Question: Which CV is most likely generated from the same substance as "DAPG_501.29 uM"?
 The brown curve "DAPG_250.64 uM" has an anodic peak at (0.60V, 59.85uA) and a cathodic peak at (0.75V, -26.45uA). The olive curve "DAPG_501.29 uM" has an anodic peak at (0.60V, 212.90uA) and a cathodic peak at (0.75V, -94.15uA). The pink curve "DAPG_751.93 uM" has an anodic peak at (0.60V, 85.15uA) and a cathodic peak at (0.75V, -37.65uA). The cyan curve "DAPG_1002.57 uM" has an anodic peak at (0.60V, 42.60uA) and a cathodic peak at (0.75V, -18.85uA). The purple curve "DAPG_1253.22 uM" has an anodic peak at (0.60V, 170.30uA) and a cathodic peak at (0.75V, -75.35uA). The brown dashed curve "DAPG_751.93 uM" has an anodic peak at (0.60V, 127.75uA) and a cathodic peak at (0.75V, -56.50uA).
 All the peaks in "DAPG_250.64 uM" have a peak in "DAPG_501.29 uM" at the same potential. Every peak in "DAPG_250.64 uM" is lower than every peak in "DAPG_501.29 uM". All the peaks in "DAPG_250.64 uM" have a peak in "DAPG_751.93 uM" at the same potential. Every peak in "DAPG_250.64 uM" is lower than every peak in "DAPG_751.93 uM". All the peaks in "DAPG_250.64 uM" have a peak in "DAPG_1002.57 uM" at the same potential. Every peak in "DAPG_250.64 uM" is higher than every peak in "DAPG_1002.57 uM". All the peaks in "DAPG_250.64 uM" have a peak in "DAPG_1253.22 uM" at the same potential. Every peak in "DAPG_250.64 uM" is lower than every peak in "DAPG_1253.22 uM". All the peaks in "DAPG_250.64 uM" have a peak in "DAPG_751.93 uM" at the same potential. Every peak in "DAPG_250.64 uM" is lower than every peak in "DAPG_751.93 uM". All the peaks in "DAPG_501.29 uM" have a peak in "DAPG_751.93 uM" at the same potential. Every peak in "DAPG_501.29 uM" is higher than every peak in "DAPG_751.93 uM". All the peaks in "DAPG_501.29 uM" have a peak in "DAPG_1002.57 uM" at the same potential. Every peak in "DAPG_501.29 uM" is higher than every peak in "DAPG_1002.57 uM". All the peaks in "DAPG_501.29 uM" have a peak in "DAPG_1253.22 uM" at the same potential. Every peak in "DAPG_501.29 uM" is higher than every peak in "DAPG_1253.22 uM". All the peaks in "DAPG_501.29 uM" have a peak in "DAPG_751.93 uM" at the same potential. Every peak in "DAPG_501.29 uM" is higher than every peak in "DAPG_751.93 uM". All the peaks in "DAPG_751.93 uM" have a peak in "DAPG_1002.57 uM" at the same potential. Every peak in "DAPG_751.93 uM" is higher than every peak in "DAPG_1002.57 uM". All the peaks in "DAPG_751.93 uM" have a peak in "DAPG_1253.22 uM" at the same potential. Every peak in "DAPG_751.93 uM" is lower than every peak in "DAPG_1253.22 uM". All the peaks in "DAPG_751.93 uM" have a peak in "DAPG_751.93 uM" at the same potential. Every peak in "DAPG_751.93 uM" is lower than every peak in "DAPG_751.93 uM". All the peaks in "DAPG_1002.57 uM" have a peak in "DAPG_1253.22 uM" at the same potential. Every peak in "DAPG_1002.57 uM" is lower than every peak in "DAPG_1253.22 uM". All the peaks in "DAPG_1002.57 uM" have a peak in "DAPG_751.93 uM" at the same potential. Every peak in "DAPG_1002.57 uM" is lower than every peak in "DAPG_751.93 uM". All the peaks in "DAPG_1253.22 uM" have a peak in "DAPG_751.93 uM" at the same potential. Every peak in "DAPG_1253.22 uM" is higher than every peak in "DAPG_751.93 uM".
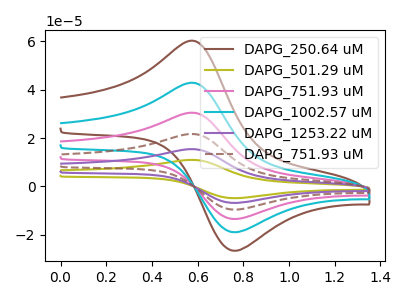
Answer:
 <answer>"DAPG_501.29 uM", "DAPG_751.93 uM", "DAPG_1002.57 uM", "DAPG_1253.22 uM" and "DAPG_751.93 uM" have a similar shape to "DAPG_250.64 uM".</answer>
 <eval>"DAPG_501.29 uM" "DAPG_751.93 uM" "DAPG_1002.57 uM" "DAPG_1253.22 uM" "DAPG_751.93 uM"</eval>